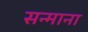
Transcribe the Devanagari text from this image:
सन्माना